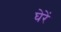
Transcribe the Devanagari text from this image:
घेरें